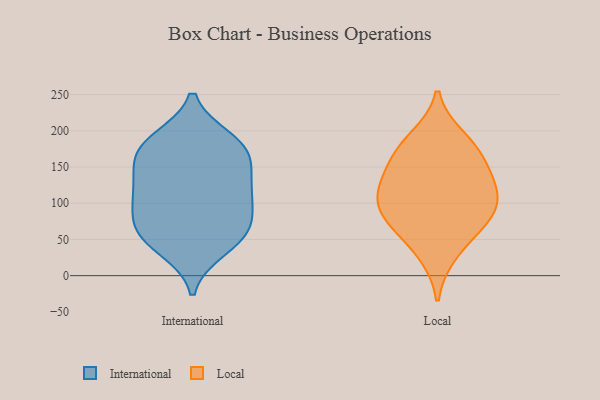
{"axis": {"x": "Backlog", "y": "Value"}, "legend": ["International", "Local"], "data": [{"x": "", "y": 154, "type": "International"}, {"x": "", "y": 111, "type": "International"}, {"x": "", "y": 114, "type": "International"}, {"x": "", "y": 45, "type": "International"}, {"x": "", "y": 76, "type": "International"}, {"x": "", "y": 74, "type": "International"}, {"x": "", "y": 37, "type": "International"}, {"x": "", "y": 118, "type": "International"}, {"x": "", "y": 58, "type": "International"}, {"x": "", "y": 166, "type": "International"}, {"x": "", "y": 183, "type": "International"}, {"x": "", "y": 188, "type": "International"}, {"x": "", "y": 117, "type": "International"}, {"x": "", "y": 65, "type": "International"}, {"x": "", "y": 183, "type": "International"}, {"x": "", "y": 159, "type": "International"}, {"x": "", "y": 79, "type": "Local"}, {"x": "", "y": 111, "type": "Local"}, {"x": "", "y": 69, "type": "Local"}, {"x": "", "y": 160, "type": "Local"}, {"x": "", "y": 176, "type": "Local"}, {"x": "", "y": 30, "type": "Local"}, {"x": "", "y": 143, "type": "Local"}, {"x": "", "y": 114, "type": "Local"}, {"x": "", "y": 190, "type": "Local"}, {"x": "", "y": 116, "type": "Local"}, {"x": "", "y": 81, "type": "Local"}]}